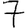
Digit: 7